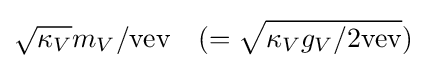
{\sqrt {{\kappa }_{V}}}{m}_{V}/{\rm {vev}}\quad (={\sqrt {{\kappa }_{V}{g}_{V}/2{\rm {vev}}}})